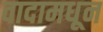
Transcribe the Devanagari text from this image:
वादामधून